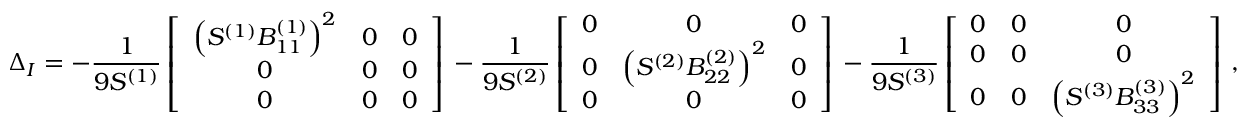
\Delta _ { I } = - \frac { 1 } { 9 S ^ { ( 1 ) } } \left[ \begin{array} { c c c } { \left( S ^ { ( 1 ) } B _ { 1 1 } ^ { ( 1 ) } \right) ^ { 2 } } & { 0 } & { 0 } \\ { 0 } & { 0 } & { 0 } \\ { 0 } & { 0 } & { 0 } \end{array} \right] \, - \frac { 1 } { 9 S ^ { ( 2 ) } } \left[ \begin{array} { c c c } { 0 } & { 0 } & { 0 } \\ { 0 } & { \left( S ^ { ( 2 ) } B _ { 2 2 } ^ { ( 2 ) } \right) ^ { 2 } } & { 0 } \\ { 0 } & { 0 } & { 0 } \end{array} \right] \, - \frac { 1 } { 9 S ^ { ( 3 ) } } \left[ \begin{array} { c c c } { 0 } & { 0 } & { 0 } \\ { 0 } & { 0 } & { 0 } \\ { 0 } & { 0 } & { \left( S ^ { ( 3 ) } B _ { 3 3 } ^ { ( 3 ) } \right) ^ { 2 } } \end{array} \right] \, ,